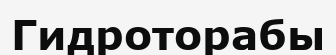
Гидроторабы